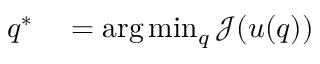
\begin{array} { r l } { q ^ { * } } & { { } = \arg \operatorname* { m i n } _ { q } \mathcal { J } ( u ( q ) ) } \end{array}